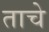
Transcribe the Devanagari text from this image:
ताचे